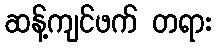
ဆန့်ကျင်ဖက် တရား